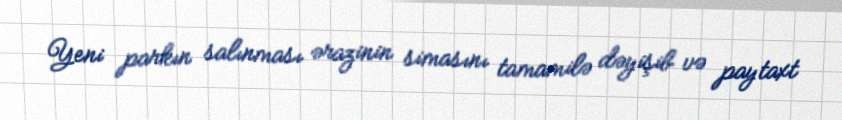
Yeni parkın salınması ərazinin simasını tamamilə dəyişib və paytaxt